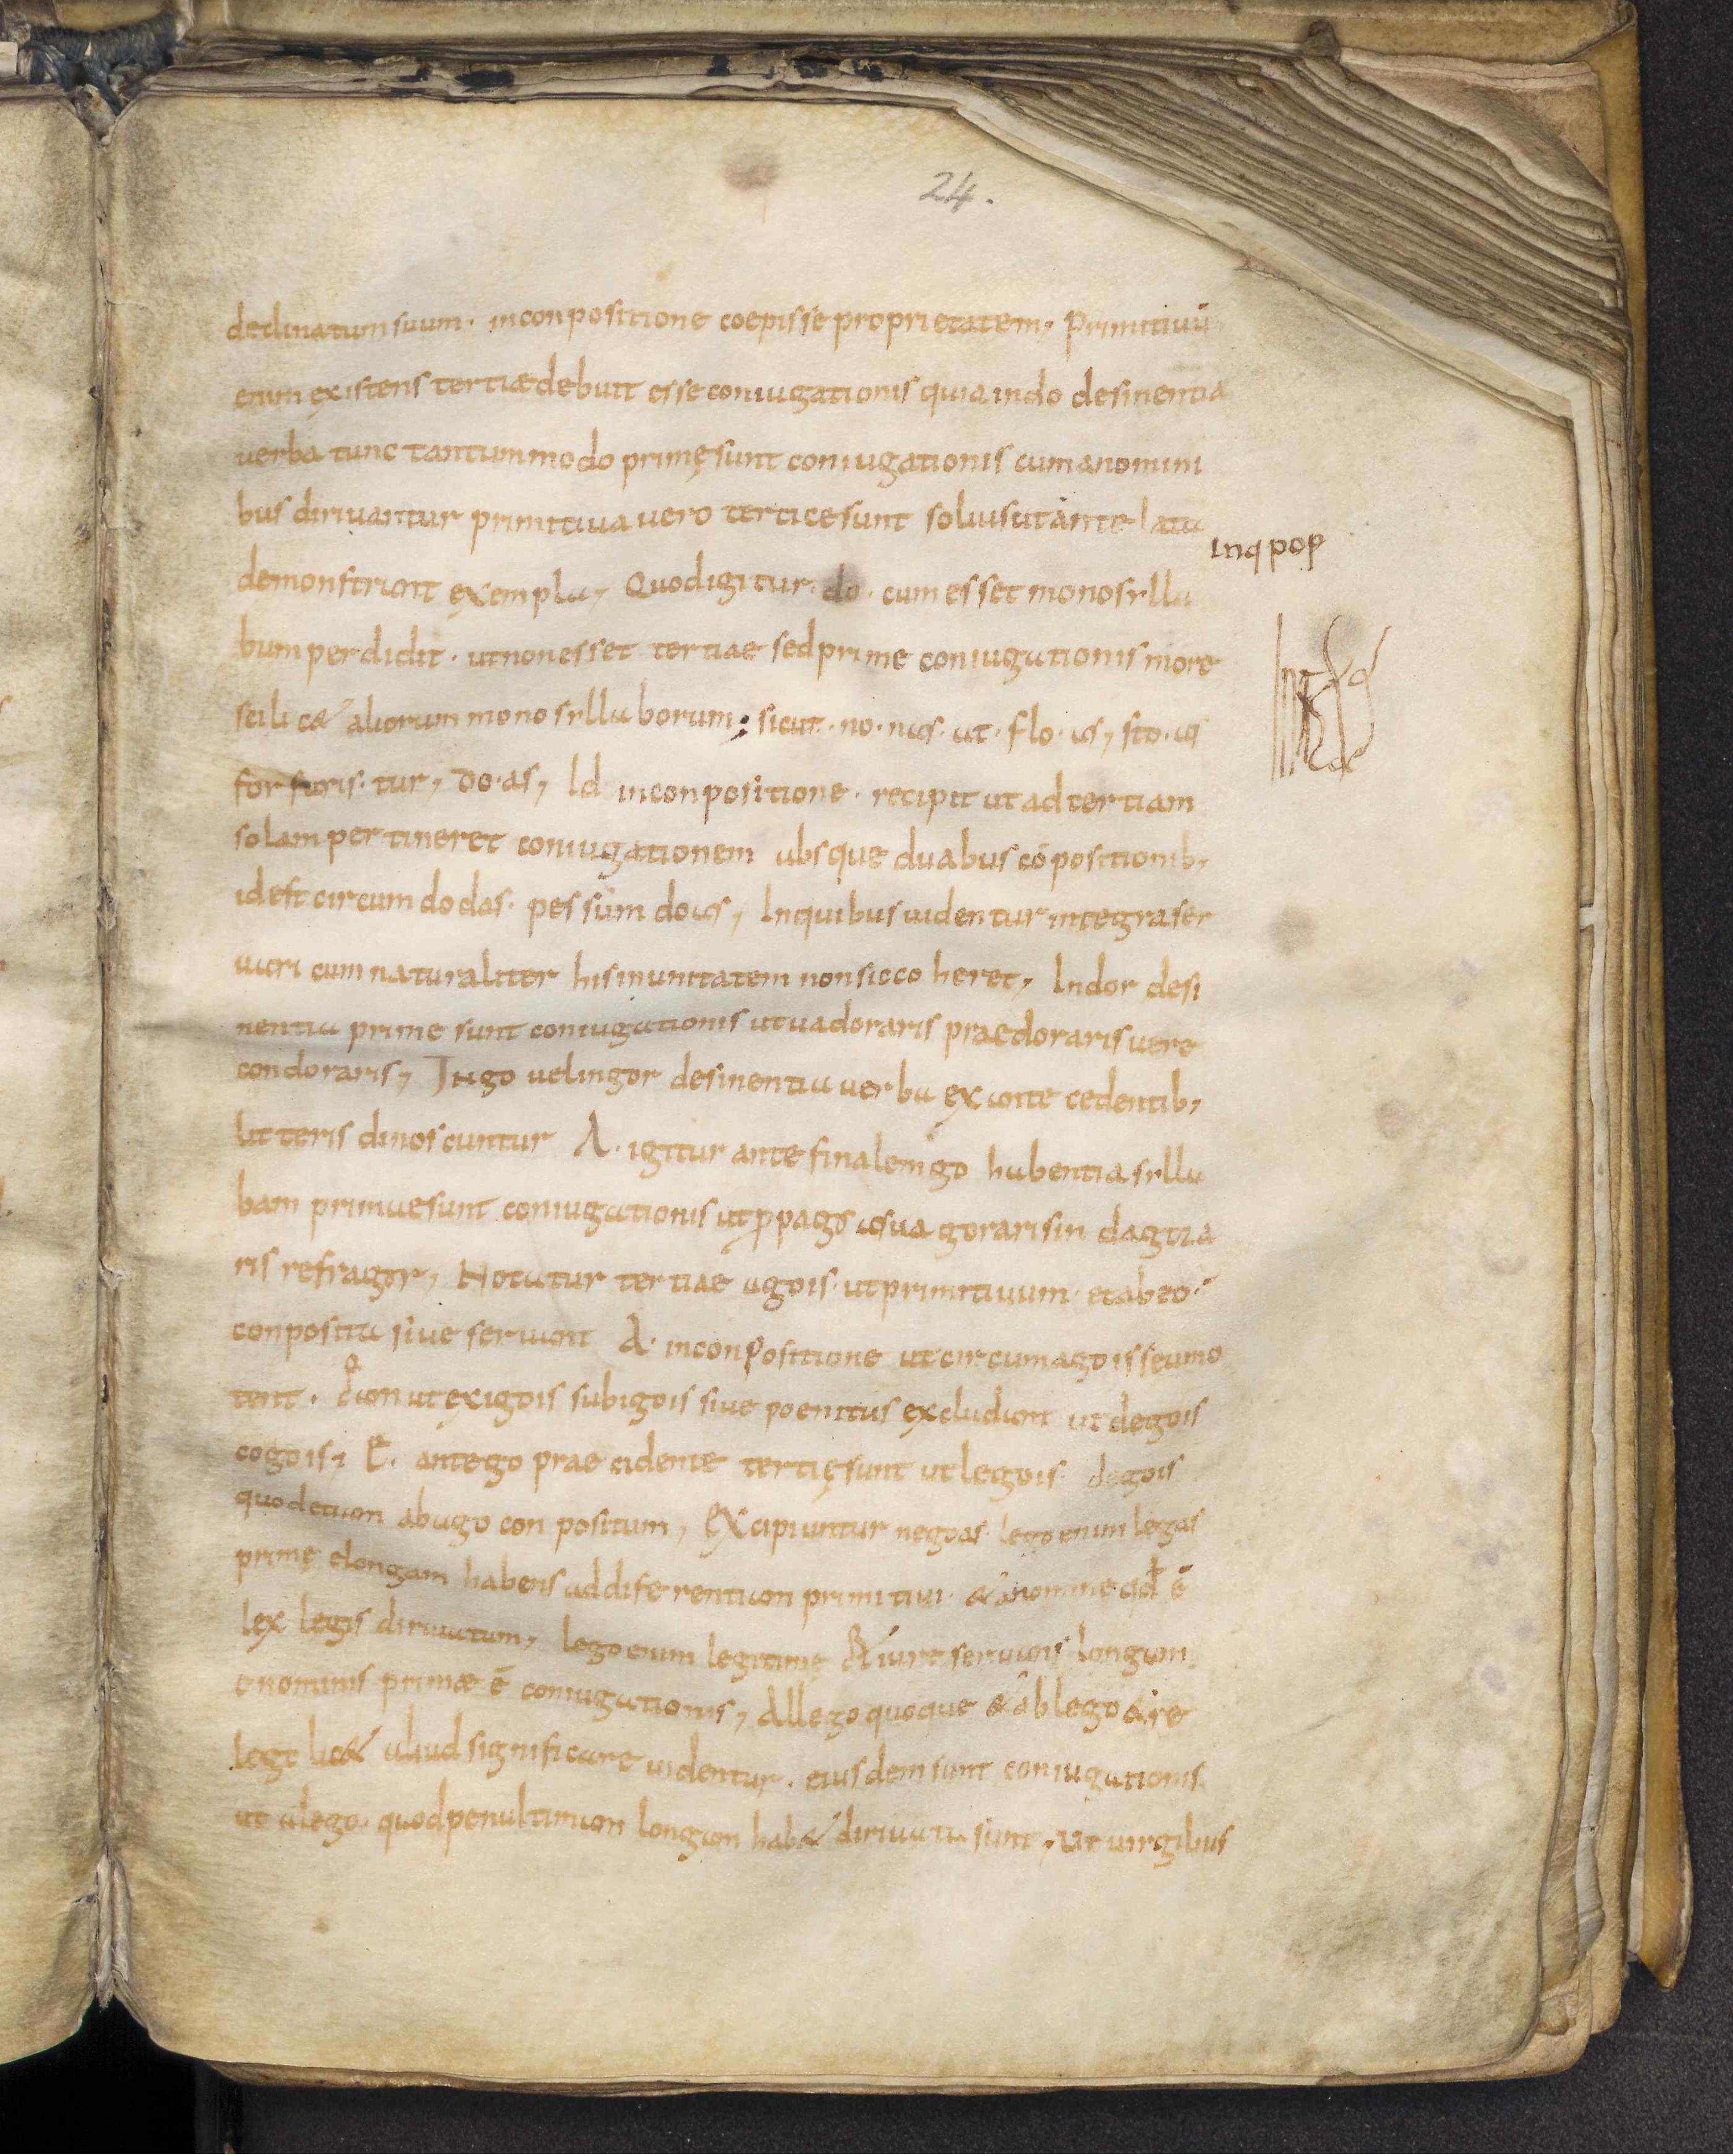
Shelfmark: Leiden, Bibliotheek der Rijksuniversiteit, Voss. Lat. O 41
Century: 9